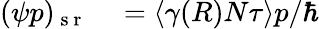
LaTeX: \begin{array}{rl}{(\psi p)_{\mathrm{~s~r~}}}&{{}=\left\langle\gamma(R)N\tau\right\rangle p/\hbar}\end{array}